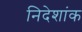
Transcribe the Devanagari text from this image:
निदेशांक